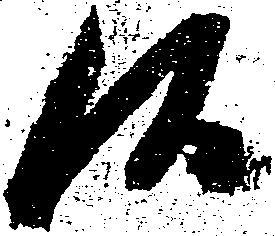
候